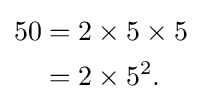
{\begin{aligned}50&=2\times 5\times 5\\&=2\times 5^{2}.\end{aligned}}